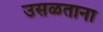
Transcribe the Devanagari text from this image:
उसळताना